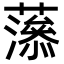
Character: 𧁑